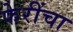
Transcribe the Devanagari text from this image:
फेरींचा